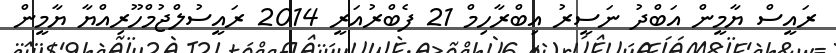
ރައީސް ޔާމީން އަބްދު ނަސީރު އިބްރާހިމް 21 ފެބްރުއަރީ 2014 ރައީސުލްޖުމްހޫރިއްޔާ ޔާމީން